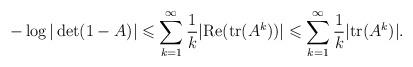
LaTeX: \begin{align*}- \log \vert \det(1-A)\vert \leqslant \sum_{k=1}^\infty \frac{1}{k} \vert \mathrm{Re} (\mathrm{tr}(A^k)) \vert \leqslant \sum_{k=1}^\infty \frac{1}{k} \vert \mathrm{tr}(A^k) \vert.\end{align*}